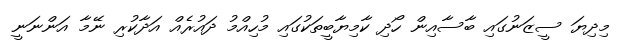
މިދިޔަ ސީޒަނުގައި ބާސާއިން ހޯދި ކާމިޔާބީތަކުގައި މުހިއްމު ދައުރެއް އަދާކުރި ނޭމާ އަންނަނީ